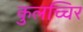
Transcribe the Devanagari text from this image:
कुलच्चिर